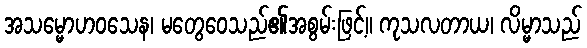
အသမ္မောဟဝသေန၊ မတွေဝေသည်၏အစွမ်းဖြင့်။ ကုသလတာယ၊ လိမ္မာသည်